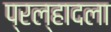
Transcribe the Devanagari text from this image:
प्रल्हादला